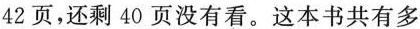
42页，还剩40页没有看。这本书共有多